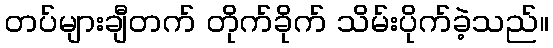
တပ်များချီတက် တိုက်ခိုက် သိမ်းပိုက်ခဲ့သည်။